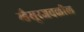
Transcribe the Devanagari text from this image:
म्हैसूरजवळील